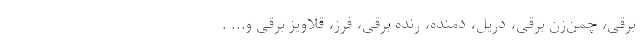
برقی، چمن‌زن برقی، دریل، دمنده، رنده برقی، فرز، قلاویز برقی و... .